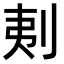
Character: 𠜁